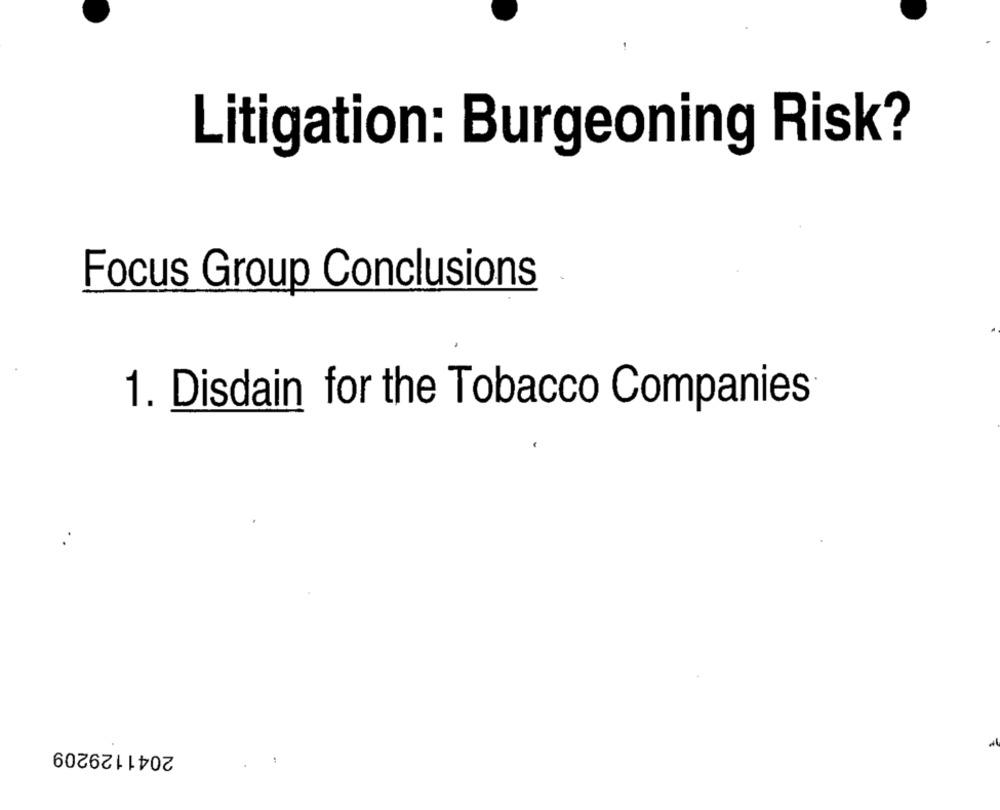
Litigation: Burgeoning Risk?
Focus Group Conclusions
1. Disdain for the Tobacco Companies
..
2041129209